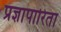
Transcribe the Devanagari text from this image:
प्रज्ञापारिता